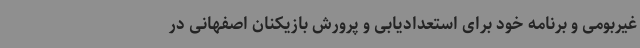
غیربومی و برنامه خود برای استعدادیابی و پرورش بازیکنان اصفهانی در